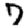
Digit: 7